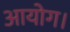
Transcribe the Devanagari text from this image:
आयोग।